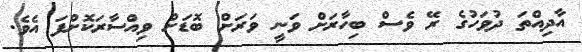
އާދިއްތަ ދުވަހުގެ ރޭ ވެސް ބިހާރަށް ވަނީ ވަރަށް ބޮޑަށް ވިއްސާރަކޮށްފަ އެވެ.